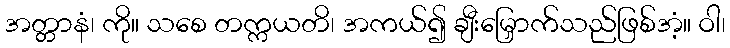
အတ္တာနံ၊ ကို။ သစေ တက္ကယတိ၊ အကယ်၍ ချီးမြှောက်သည်ဖြစ်အံ့။ ဝါ၊